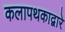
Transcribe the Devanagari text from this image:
कलापथकाद्वारे